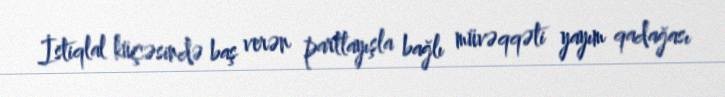
İstiqlal küçəsində baş verən partlayışla bağlı müvəqqəti yayım qadağası